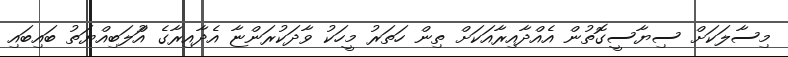
މިސާލަކަށް ސިޔާސީގޮތުން އެއްދާއިރާއަކަށް ތިން ހަތަރު މީހަކު ވާދަކުރަންޏާ އެދާއިރާގެ އަްުލަބިއްޔަތު ބައިބައި